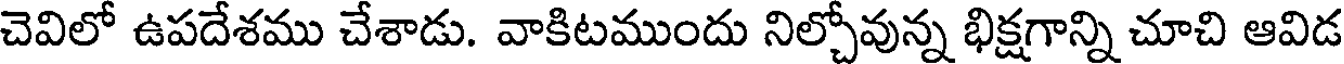
చెవిలో ఉపదేశము చేశాడు. వాకిటముందు నిల్చోవున్న భిక్షగాన్ని చూచి ఆవిడ